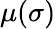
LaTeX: \mu(\sigma)